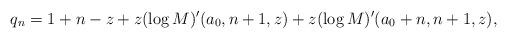
LaTeX: \begin{align*}q_n = 1+n -z + z ( \log M )^\prime(a_0,n+1,z) + z ( \log M )^\prime(a_0+n,n+1,z) , \end{align*}